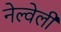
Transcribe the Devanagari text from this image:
नेल्वेली